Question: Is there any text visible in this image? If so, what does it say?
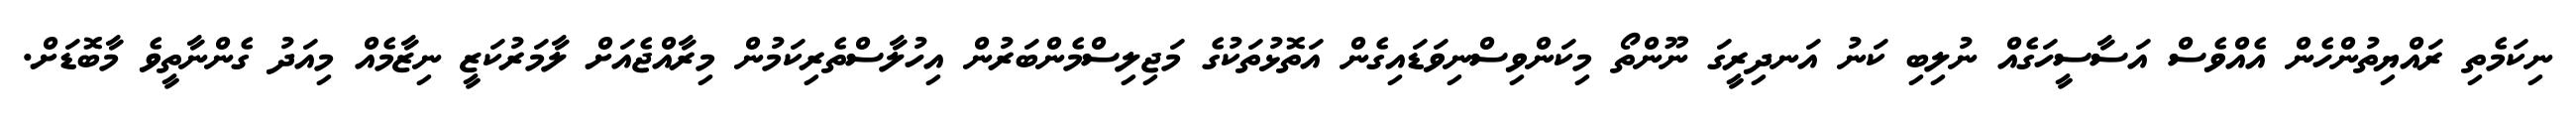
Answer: ނިކަމެތި ރައްޔިތުންހެން އެއްވެސް އަސާސީހަގެއް ނުލިބި ކަނު އަނދިރީގަ ނޫންތޯ މިކަންވިސްނިވަޑައިގެން އަތޮޅުތަކުގެ މަޖިލިސްމެންބަރުން އިހުލާސްތެރިކަމުން މިރާއްޖެއަށް ލާމަރުކަޒީ ނިޒާމެއް މިއަދު ގެންނާތީވެ މާބޮޑަށް.